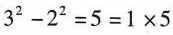
$$3 ^ { 2 } - 2 ^ { 2 } = 5 = 1 \times 5$$